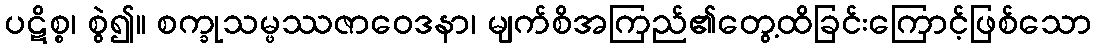
ပဋိစ္စ၊ စွဲ၍။ စက္ခုသမ္ဖဿဇာဝေဒနာ၊ မျက်စိအကြည်၏တွေ့ထိခြင်းကြောင့်ဖြစ်သော